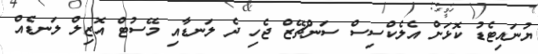
ޔުނައިޓެޑު ކޮޅަށް އެލެކްސިސް ސަންޗޭޒް ޖެހި ދެ ލަނޑާއި މޭސުޓް އޮޒިލް ލަނޑެއް